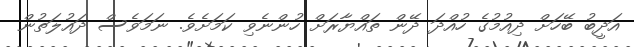
އަދީބު ބޭހަށް ދިއުމުގެ ހުއްދަ ދޭން ތައްޔާރަށް ހުންނެވި ކަމަށެވެ. ނަމަވެސް ދައުލަތުން